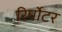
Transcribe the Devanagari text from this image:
रिर्पोटर